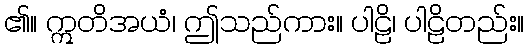
၏။ ဣတိအယံ၊ ဤသည်ကား။ ပါဠိ၊ ပါဠိတည်း။